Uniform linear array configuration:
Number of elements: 16
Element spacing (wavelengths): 0.75
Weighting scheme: binomial
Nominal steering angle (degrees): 30
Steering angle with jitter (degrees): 31.362
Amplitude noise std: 0.05
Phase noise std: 0.05

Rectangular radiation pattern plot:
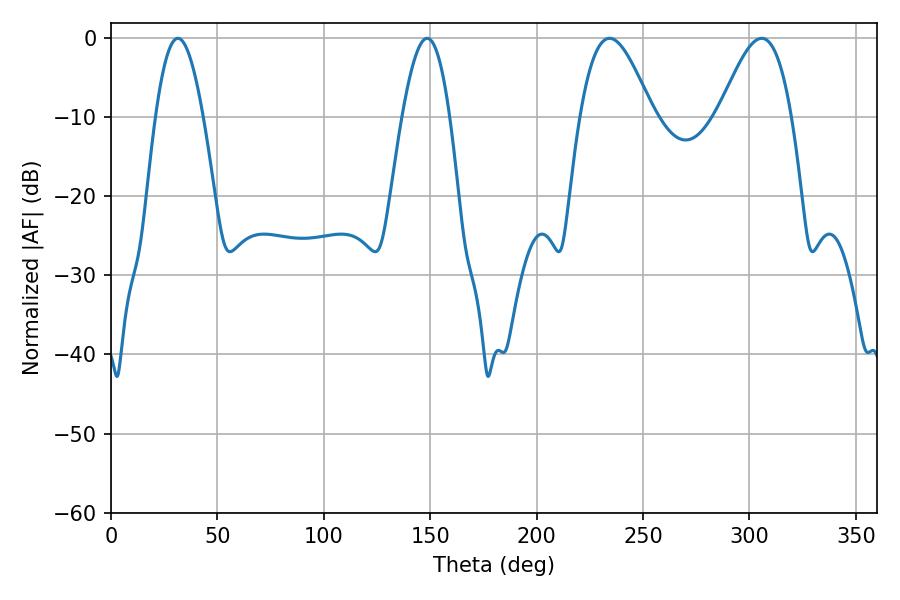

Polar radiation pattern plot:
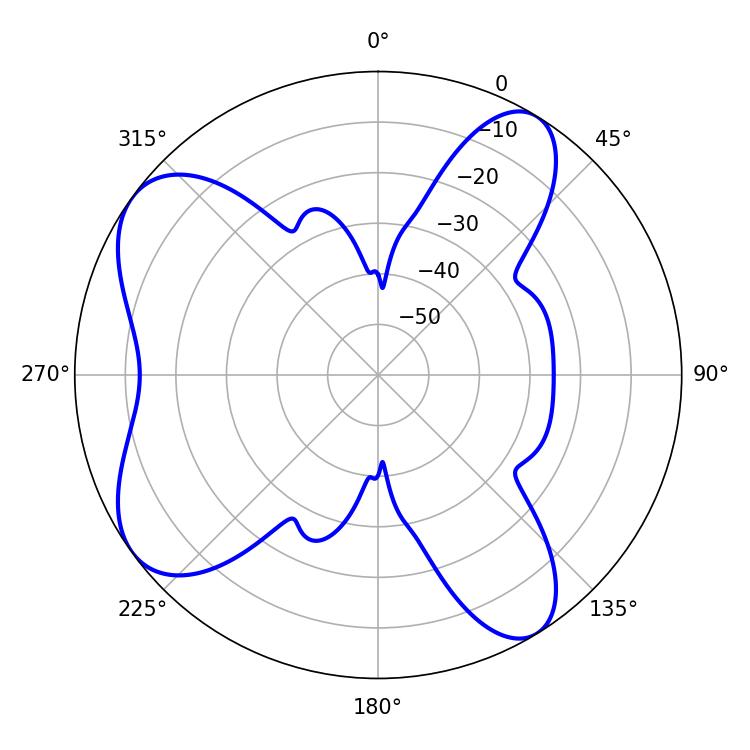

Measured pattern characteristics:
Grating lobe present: TRUE
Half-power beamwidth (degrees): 18.18
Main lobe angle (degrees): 234.18